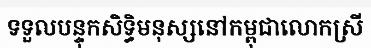
ទទួលបន្ទុកសិទ្ធិមនុស្សនៅកម្ពុជាលោកស្រី